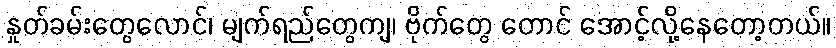
နှုတ်ခမ်းတွေလောင်၊ မျက်ရည်တွေကျ၊ ဗိုက်တွေ တောင် အောင့်လို့နေတော့တယ်။